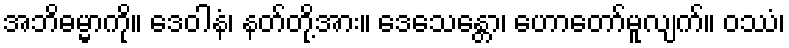
အဘိဓမ္မာကို။ ဒေဝါနံ၊ နတ်တို့အား။ ဒေသေန္တော၊ ဟောတော်မူလျက်။ ဝဿံ၊